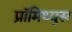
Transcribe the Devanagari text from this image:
प्रॉमिथ्युस